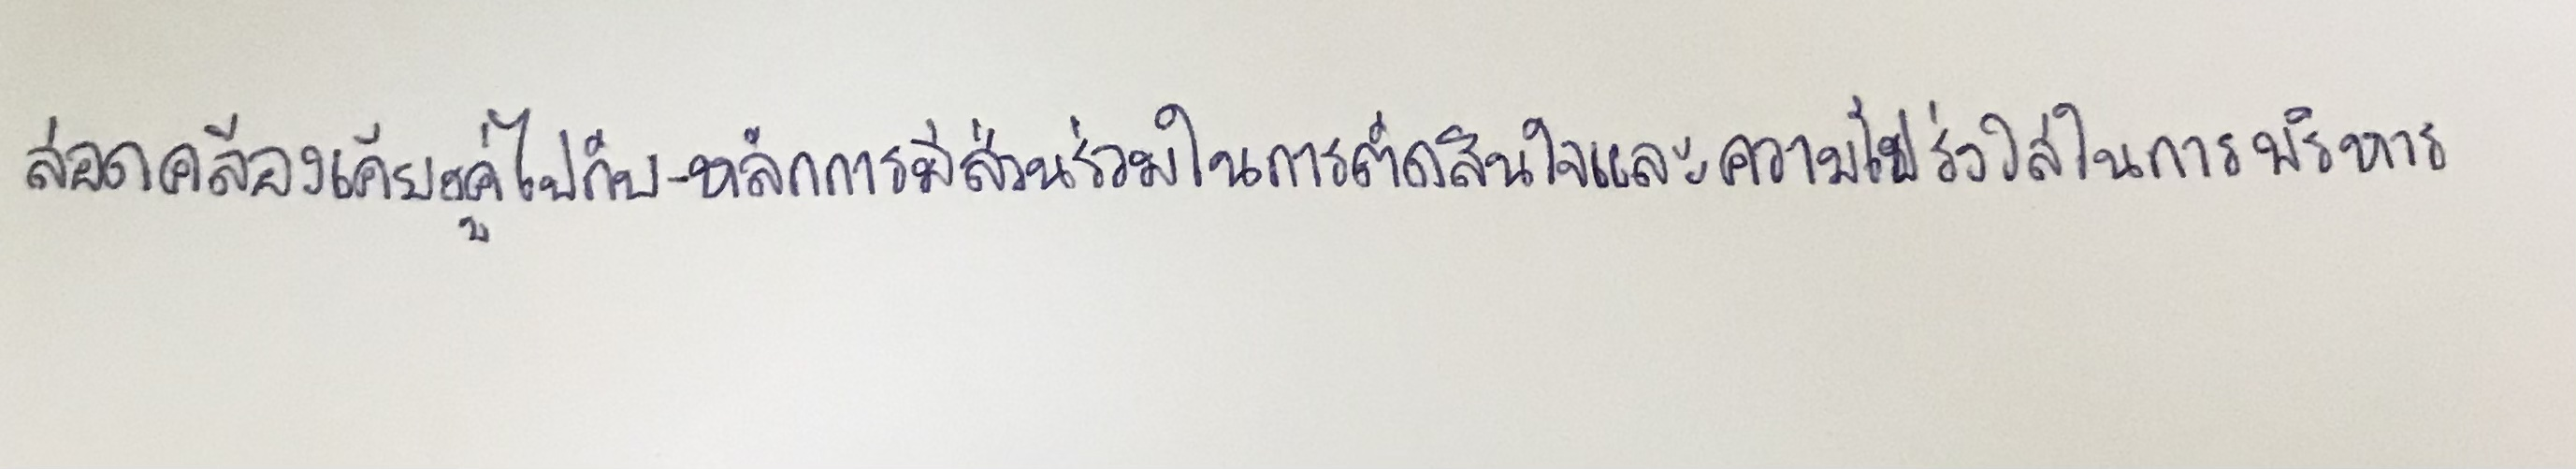
สอดคล้องเคียงคู่ไปกับ-หลักการมีส่วนร่วมในการตัดสินใจและความโปร่งใสในการบริหาร